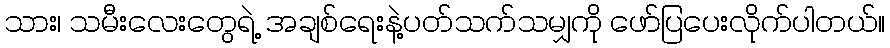
သား၊ သမီးလေးတွေရဲ့ အချစ်ရေးနဲ့ပတ်သက်သမျှကို ဖော်ပြပေးလိုက်ပါတယ်။